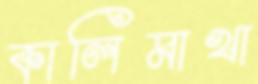
কালিমাখা